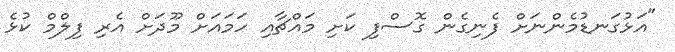
"އަޅުގަނޑުމެންނަށް ފެނިގެން ގޮސްފި ކަށި މައްޗާއި ހަމައަށް މޫދަށް އެރި ފިލްމް ކުޅެ